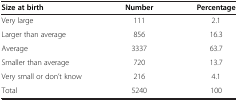
<table><thead><tr><td><b>Size at birth</b></td><td><b>Number</b></td><td><b>Percentage</b></td></tr></thead><tbody><tr><td>Very large</td><td>111</td><td>2.1</td></tr><tr><td>Larger than average</td><td>856</td><td>16.3</td></tr><tr><td>Average</td><td>3337</td><td>63.7</td></tr><tr><td>Smaller than average</td><td>720</td><td>13.7</td></tr><tr><td>Very small or don’t know</td><td>216</td><td>4.1</td></tr><tr><td>Total</td><td>5240</td><td>100</td></tr></tbody></table>